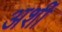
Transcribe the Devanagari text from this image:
अर्शी